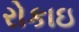
રોકાઇ